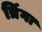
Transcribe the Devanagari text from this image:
त्रिंगा